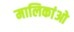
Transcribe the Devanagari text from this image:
मालिकांओ